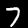
Label: 7